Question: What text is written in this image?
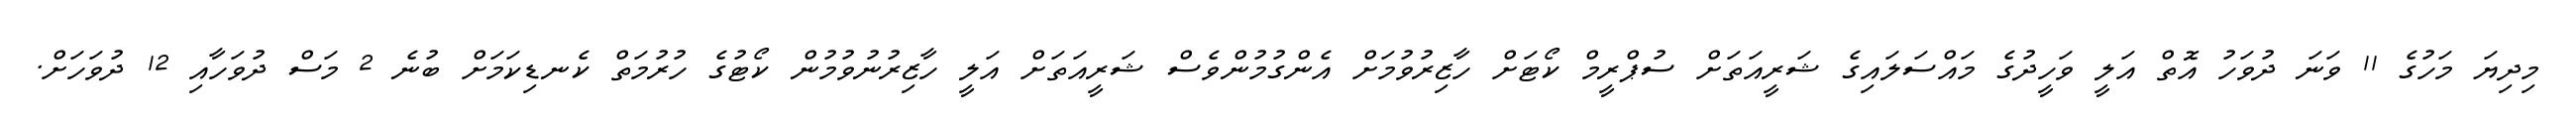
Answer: މިދިޔަ މަހުގެ 11 ވަނަ ދުވަހު އޮތް އަލީ ވަހީދުގެ މައްސަލައިގެ ޝަރީއަތަށް ސުޕްރީމް ކޯޓަށް ހާޒިރުވުމަށް އެންގުމުންވެސް ޝަރީއަތަށް އަލީ ހާޒިރުނުވުމުން ކޯޓުގެ ހުރުމަތް ކެނޑިކަމަށް ބުނެ 2 މަސް ދުވަހާއި 12 ދުވަހަށް.